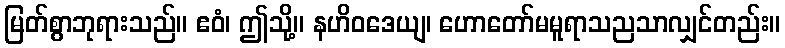
မြတ်စွာဘုရားသည်။ ဧဝံ၊ ဤသို့။ နဟိဝဒေယျ၊ ဟောတော်မမူရာသညသာလျှင်တည်း။